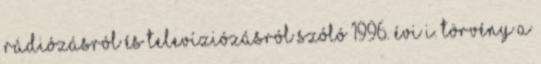
rádiózásról és televíziózásról szóló 1996. évi I. törvény a